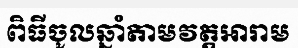
ពិធីចូលឆ្នាំតាមវត្តអារាម